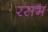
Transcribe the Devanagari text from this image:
रसभ